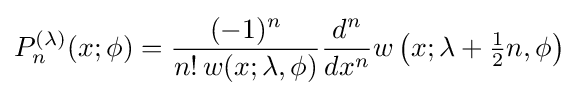
P_{n}^{(\lambda )}(x;\phi )={\frac {(-1)^{n}}{n!\,w(x;\lambda ,\phi )}}{\frac {d^{n}}{dx^{n}}}w\left(x;\lambda +{\tfrac {1}{2}}n,\phi \right)